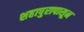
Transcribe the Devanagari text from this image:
शहापुरापासून